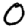
Digit: 0